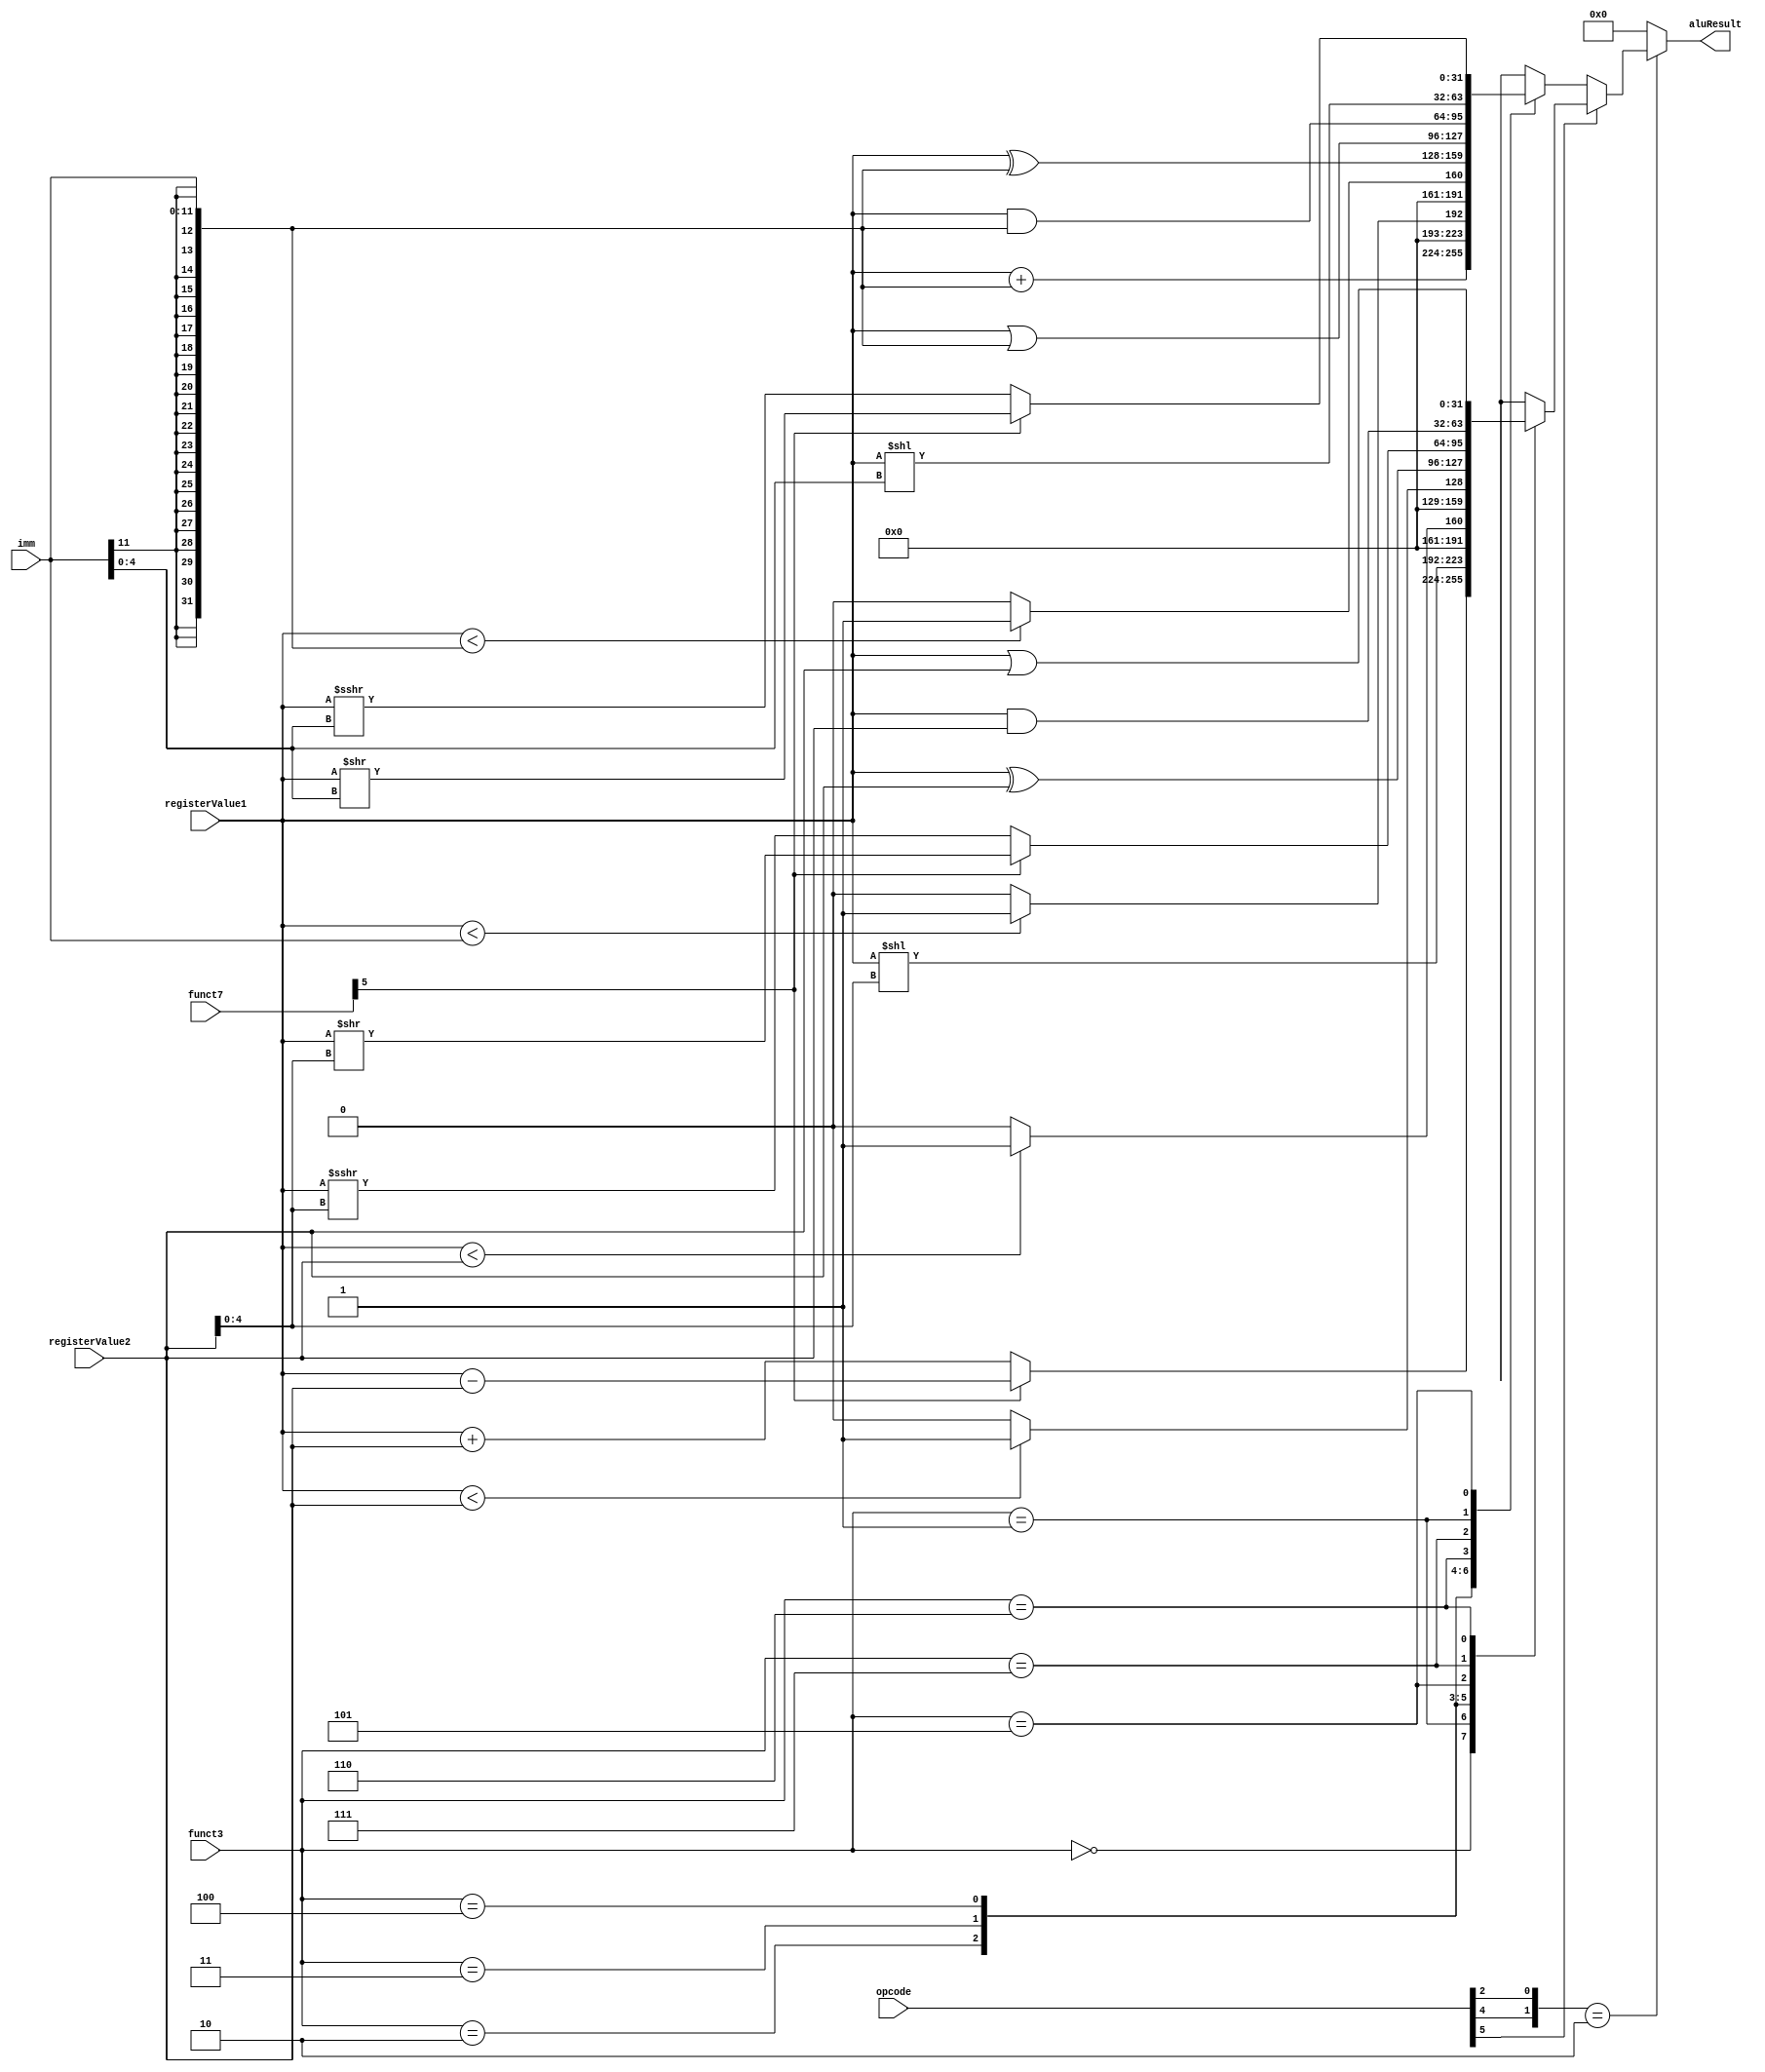
module alu(output [31:0] aluResult,
           input [6:0] opcode,
           input [31:0] registerValue1,
           input [31:0] registerValue2,
           input [2:0] funct3,
           input [6:0] funct7,
           input [11:0] imm);
/* wire [11:0] imm; */
/* wire [6:0] funct7; */
/* wire [2:0] funct3; */
/* wire [5:0] opcode; */
/* wire [4:0] rs1; */
/* wire [4:0] rs2; */
reg [31:0] aluResult;
wire [31:0] sextImm;
wire isImmediate;
wire [4:0] shamt;

localparam ADDI_funct3 = 3'b000,
SLTI_funct3 = 3'b010,
SLTIU_funct3 = 3'b011,
XORI_funct3 = 3'b100,
ORI_funct3 = 3'b110,
ANDI_funct3 = 3'b111,
SLLI_funct3 = 3'b001,
SRLIandSRAI_funct3 = 3'b101;

localparam ADD_SUB_funct3 = 3'b000,
SLL_funct3 = 3'b001,
SLT_funct3 = 3'b010,
SLTU_funct3 = 3'b011,
XOR_funct3 = 3'b100,
SRLandSRA_funct3 = 3'b101,
OR_funct3 = 3'b110,
AND_funct3 = 3'b111;

assign isNotImmediate = opcode[5];
assign sextImm        = {{20{imm[11]}},imm};
assign shamt          = {{27{1'b0}},imm[4:0]};
always @(*)
begin
  if({opcode[4],opcode[2]} == 2'b10)
  begin
    if (~isNotImmediate)
    begin
        case(funct3)
            ADDI_funct3:begin
                aluResult = registerValue1 + sextImm;
            end
            SLTI_funct3:
            begin
                if ($signed(registerValue1)<$signed(sextImm))
                begin
                    aluResult = 32'b1;
                end
                else
                begin
                    aluResult = 32'b0;
                end
            end
            SLTIU_funct3:
            begin
                if (registerValue1 < sextImm)
                begin
                    aluResult = 32'b1;
                end
                else
                begin
                    aluResult = 32'b0;
                end
            end
            XORI_funct3:
            begin 
                aluResult = registerValue1 ^ sextImm;
            end
            ORI_funct3: aluResult  = registerValue1 | sextImm;
            ANDI_funct3: aluResult = registerValue1 & sextImm;
            SLLI_funct3: aluResult = registerValue1 << shamt;
            SRLIandSRAI_funct3:
            begin
                if (funct7[5]) aluResult = registerValue1 >> shamt ;         //SRAI
                else aluResult           = $signed(registerValue1) >>> shamt;//SRLI
            end
            default: aluResult = 32'b0;
        endcase
    end
    else
    begin
        case(funct3)
            ADD_SUB_funct3:
            begin
                if (funct7[5])
                begin
                    aluResult = registerValue1 - registerValue2;
                end
                else
                begin
                    aluResult = registerValue1 + registerValue2;
                end
            end
            SLL_funct3: aluResult = registerValue1 << registerValue2[4:0];
            SLT_funct3:
            begin
                if ($signed(registerValue1)<$signed(registerValue2))
                begin
                    aluResult = 32'b1;
                end
                else
                begin
                    aluResult = 32'b0;
                end
            end
            
            SLTU_funct3:
            begin
                if (registerValue1<registerValue2)
                begin
                    aluResult = 32'b1;
                end
                else
                begin
                    aluResult = 32'b0;
                end
            end
            XOR_funct3: aluResult = registerValue1 ^ registerValue2;
            SRLandSRA_funct3:
            begin
                if (funct7[5]) aluResult = registerValue1 >> registerValue2[4:0];
                else aluResult           = $signed(registerValue1) >>> registerValue2[4:0];
            end
            AND_funct3: aluResult = registerValue1 & registerValue2;
            OR_funct3: aluResult  = registerValue1 | registerValue2;
            default: aluResult    = 32'b0;
        endcase
    end
end
else aluResult = 32'd0;
end

endmodule